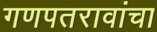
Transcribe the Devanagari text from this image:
गणपतरावांचा